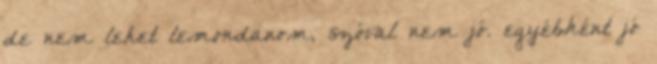
de nem lehet lemondanom, szóval nem jó. egyébként jó